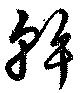
斡